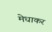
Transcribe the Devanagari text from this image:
मेधाकर